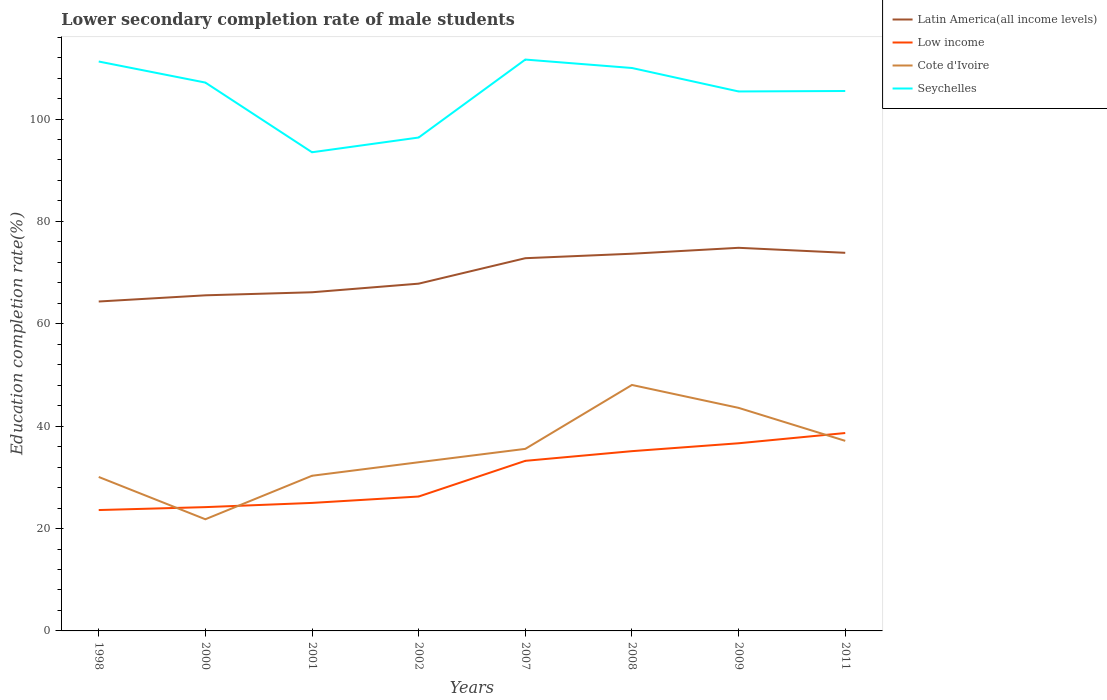
| Years | Latin America(all income levels) | Low income | Cote d'Ivoire | Seychelles |
 | --- | --- | --- | --- | --- |
 | 1998 | 64.4 | 23.6 | 30.1 | 111 |
 | 2000 | 65.6 | 24.2 | 21.8 | 107 |
 | 2001 | 66.2 | 25 | 30.3 | 93.5 |
 | 2002 | 67.8 | 26.3 | 33 | 96.4 |
 | 2007 | 72.8 | 33.2 | 35.6 | 112 |
 | 2008 | 73.7 | 35.1 | 48.1 | 110 |
 | 2009 | 74.8 | 36.7 | 43.6 | 105 |
 | 2011 | 73.9 | 38.7 | 37.1 | 105 |